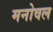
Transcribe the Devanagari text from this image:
मनोवल